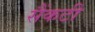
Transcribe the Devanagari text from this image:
सैंकटी